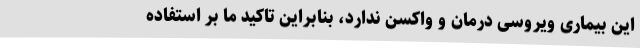
این بیماری ویروسی درمان و واکسن ندارد، بنابراین تاکید ما بر استفاده